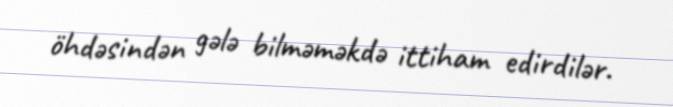
öhdəsindən gələ bilməməkdə ittiham edirdilər.